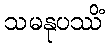
သမနုပဿိံ